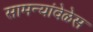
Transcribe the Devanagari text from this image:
सामन्यांवेळेस